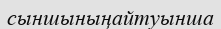
сыншыныңайтуынша